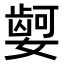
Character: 𫱿